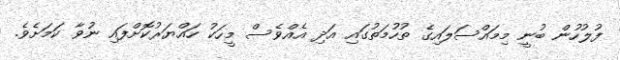
ފުލުހުން ބުނީ މިމައްސަލައިގެ ތުހުމަތުގައި އަދި އެއްވެސް މީހަކު ހައްޔަރުކޮށްފައި ނުވާ ކަމަށެވެ.